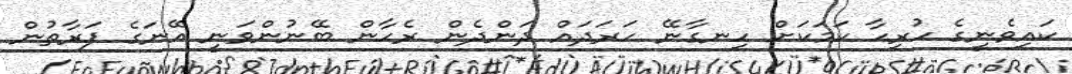
ކައިވެނީގެ ހުރިހާ ކަމަކަށް ހިނގާނޭ ހަރަދައް ދަންދެން ރެހާން ބޭނުންވަނީ އޭނަގެ ފަރާތުން